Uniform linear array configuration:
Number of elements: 24
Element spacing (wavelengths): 0.5
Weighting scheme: binomial
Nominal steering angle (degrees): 15
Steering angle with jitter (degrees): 14.661
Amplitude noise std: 0.05
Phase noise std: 0.05

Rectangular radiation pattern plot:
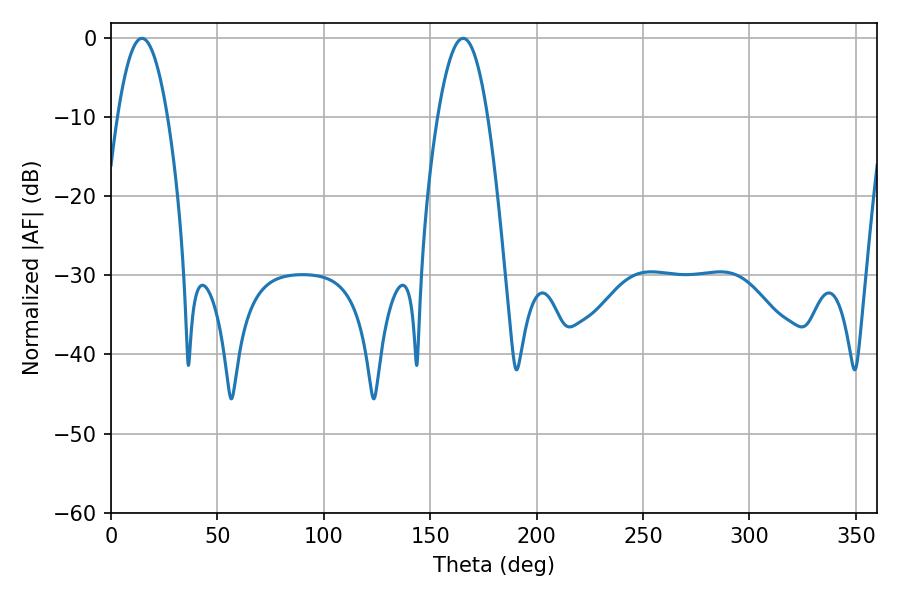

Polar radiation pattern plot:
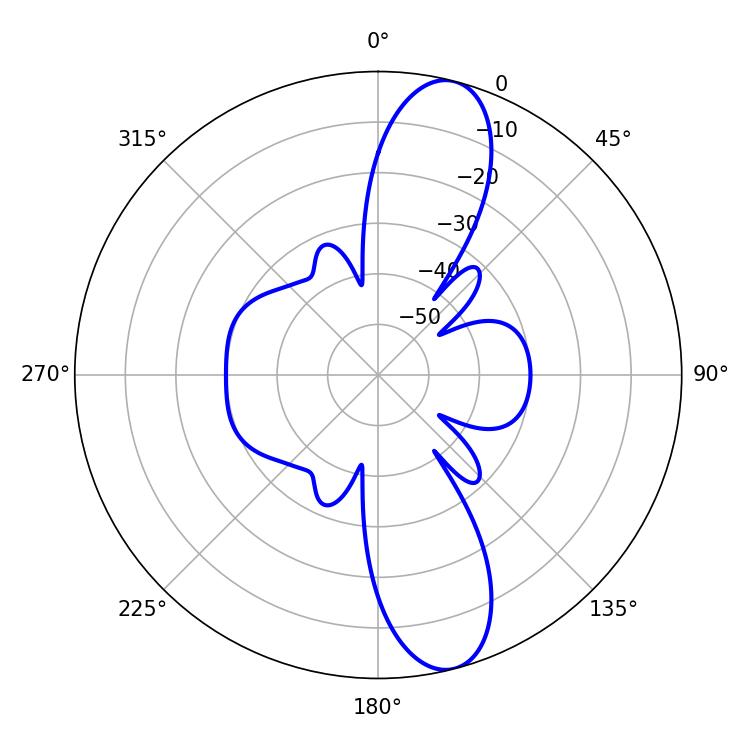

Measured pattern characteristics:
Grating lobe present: FALSE
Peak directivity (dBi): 12.18
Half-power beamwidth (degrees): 12.78
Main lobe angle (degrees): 14.58